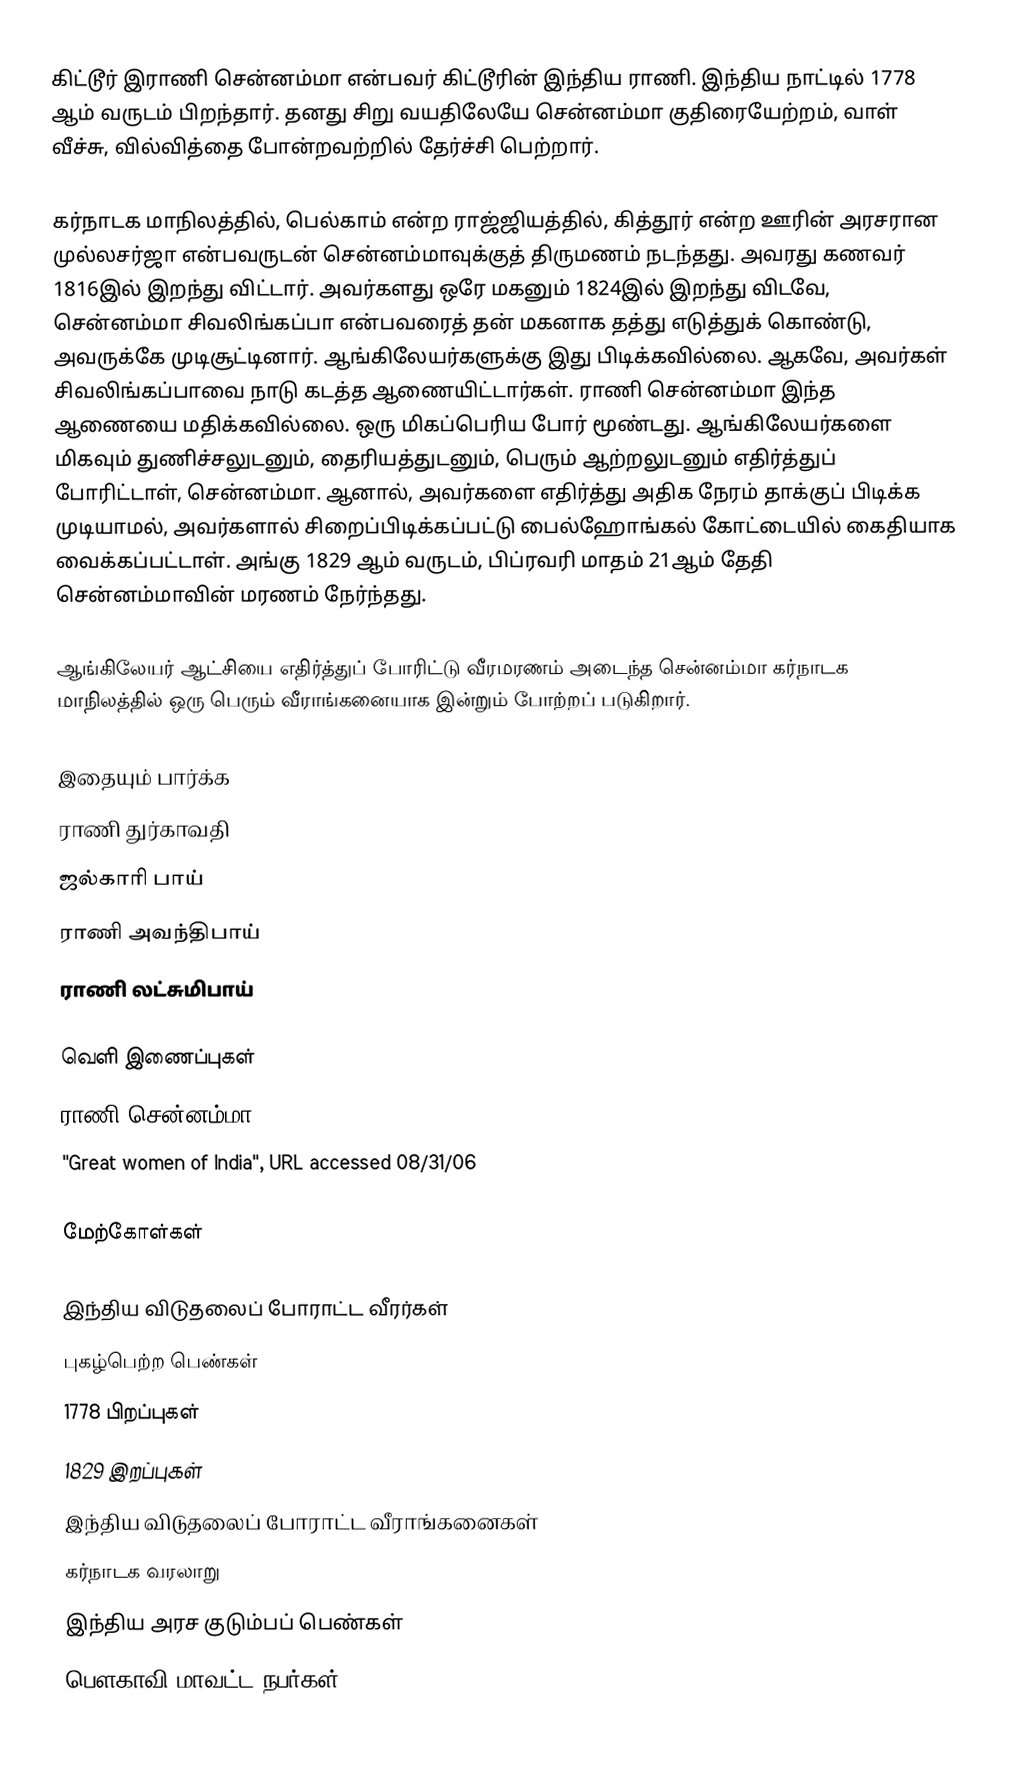
கிட்டூர் இராணி சென்னம்மா என்பவர் கிட்டூரின் இந்திய ராணி. இந்திய நாட்டில் 1778 ஆம் வருடம் பிறந்தார். தனது சிறு வயதிலேயே சென்னம்மா குதிரையேற்றம், வாள் வீச்சு, வில்வித்தை போன்றவற்றில் தேர்ச்சி பெற்றார்.

கர்நாடக மாநிலத்தில், பெல்காம் என்ற ராஜ்ஜியத்தில், கித்தூர் என்ற ஊரின் அரசரான முல்லசர்ஜா என்பவருடன் சென்னம்மாவுக்குத் திருமணம் நடந்தது. அவரது கணவர் 1816இல் இறந்து விட்டார். அவர்களது ஒரே மகனும் 1824இல் இறந்து விடவே, சென்னம்மா சிவலிங்கப்பா என்பவரைத் தன் மகனாக தத்து எடுத்துக் கொண்டு, அவருக்கே முடிசூட்டினார். ஆங்கிலேயர்களுக்கு இது பிடிக்கவில்லை. ஆகவே, அவர்கள் சிவலிங்கப்பாவை நாடு கடத்த ஆணையிட்டார்கள். ராணி சென்னம்மா இந்த ஆணையை மதிக்கவில்லை. ஒரு மிகப்பெரிய போர் மூண்டது. ஆங்கிலேயர்களை மிகவும் துணிச்சலுடனும், தைரியத்துடனும், பெரும் ஆற்றலுடனும் எதிர்த்துப் போரிட்டாள், சென்னம்மா. ஆனால், அவர்களை எதிர்த்து அதிக நேரம் தாக்குப் பிடிக்க முடியாமல், அவர்களால் சிறைப்பிடிக்கப்பட்டு பைல்ஹோங்கல் கோட்டையில் கைதியாக வைக்கப்பட்டாள். அங்கு 1829 ஆம் வருடம், பிப்ரவரி மாதம் 21ஆம் தேதி சென்னம்மாவின் மரணம் நேர்ந்தது.

ஆங்கிலேயர் ஆட்சியை எதிர்த்துப் போரிட்டு வீரமரணம் அடைந்த சென்னம்மா கர்நாடக மாநிலத்தில் ஒரு பெரும் வீராங்கனையாக இன்றும் போற்றப் படுகிறார்.

இதையும் பார்க்க
ராணி துர்காவதி
ஜல்காரி பாய்
ராணி அவந்திபாய்
ராணி லட்சுமிபாய்

வெளி இணைப்புகள்
ராணி சென்னம்மா
"Great women of India", URL accessed 08/31/06

மேற்கோள்கள்

இந்திய விடுதலைப் போராட்ட வீரர்கள்
புகழ்பெற்ற பெண்கள்
1778 பிறப்புகள்
1829 இறப்புகள்
இந்திய விடுதலைப் போராட்ட வீராங்கனைகள்
கர்நாடக வரலாறு
இந்திய அரச குடும்பப் பெண்கள்
பெளகாவி மாவட்ட நபர்கள்